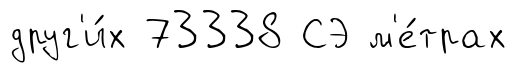
друг'и́х 73338 СЭ м'е́трах